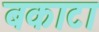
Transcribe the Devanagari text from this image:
बकाटा